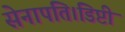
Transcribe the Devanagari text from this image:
सेनापति।डिप्टी